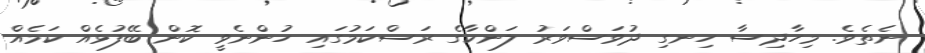
ނެތެވެ. މިހާދިސާ ހިނގި ދުވަސްވަރު ލަންކާގެ ރަސްކަމުގައި ހުންނެވީ ކޮން ބޭފުޅެއް ކަމެއް